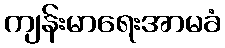
ကျန်းမာရေးအာမခံ